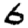
Digit: 6